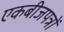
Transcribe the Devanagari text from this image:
एकबीजपत्रों